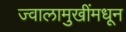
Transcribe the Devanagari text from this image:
ज्वालामुखींमधून